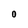
Character: 0